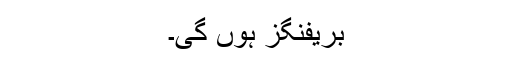
بریفنگز ہوں گی۔